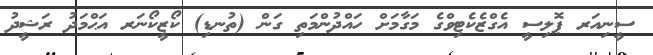
ސީނިއަރ ޕޮލިސީ އެގްޒެކެޓިވްގެ މަގާމަށް ހައްދުންމަތި ގަން (ތުނޑި) ކޯޒީކޯނަރ އަޙްމަދު ރަޝީދު